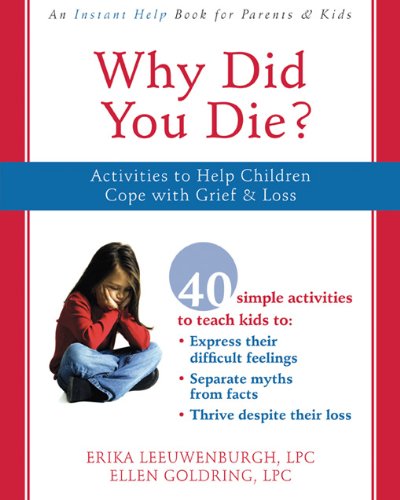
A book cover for Why Did You Die?: Activities to Help Children Cope with Grief and Loss; Ellen Goldring LPC; Politics & Social Sciences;